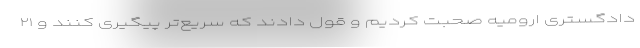
دادگستری ارومیه صحبت کردیم و قول دادند که سریع‌تر پیگیری کنند و ۲۱